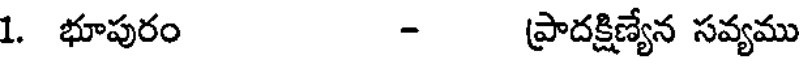
1. భూపురం - ప్రాదక్షిణ్యేన సవ్యము